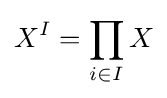
X^{I}=\prod _{i\in I}X